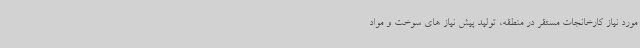
مورد نیاز کارخانجات مستقر در منطقه، تولید پیش نیاز های سوخت و مواد